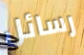
رسائل